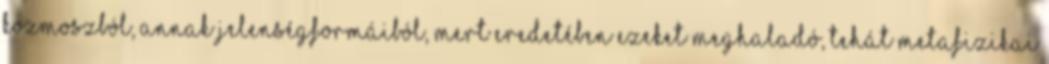
kozmoszból, annak jelenségformáiból, mert eredetében ezeket meghaladó, tehát metafizikai